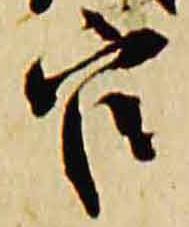
官